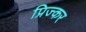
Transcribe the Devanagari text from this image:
प्रिज्कर